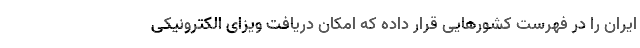
ایران را در فهرست کشورهایی قرار داده که امکان دریافت ویزای الکترونیکی